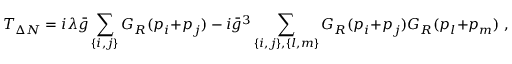
{ \cal T } _ { \Delta N } = i \lambda \bar { g } \sum _ { \{ i , j \} } G _ { R } ( p _ { i } { + } p _ { j } ) - i \bar { g } ^ { 3 } \sum _ { \{ i , j \} , \{ l , m \} } G _ { R } ( p _ { i } { + } p _ { j } ) G _ { R } ( p _ { l } { + } p _ { m } ) \; ,